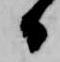
日